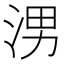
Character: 𪶀